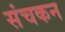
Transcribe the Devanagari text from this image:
संचकन